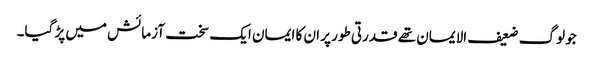
جو لوگ ضعیف الایمان تھے قدرتی طور پر ان کا ایمان ایک سخت آزمائش میں پڑ گیا۔